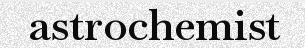
astrochemist